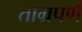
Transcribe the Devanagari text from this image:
ताम्रपर्ण